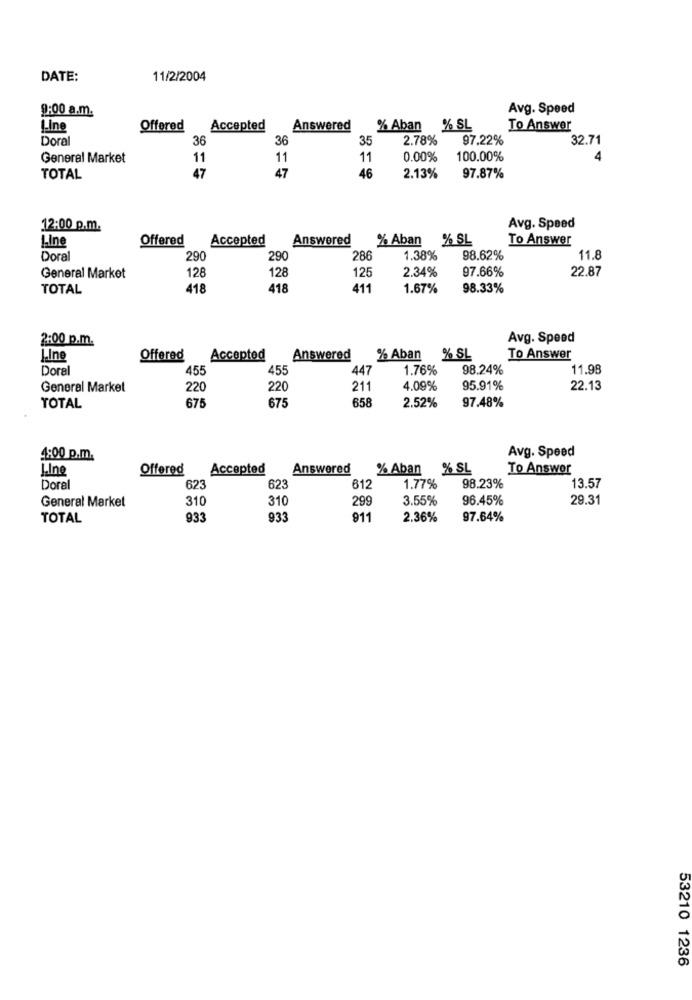
DATE:
11/2/2004
9:00 a.m.
Avg. Speed
Line
Offered
Accepted
Answered
% Aban
% SL
To Answer
Dora
36
36
35
2.78%
97.22%
32.71
General Market
11
11
11
0.00%
100.00%
TOTAL
47
47
46
2.13%
97.87%
12:00 p.m.
Avg. Speed
Line
Offered
Accepted
Answered
% Aban
% SL
To Answer
Doral
290
290
286
1.38%
98.62%
11.8
128
128
125
2.34%
97.66%
22.87
General Market
TOTAL
418
418
411
1.67%
98.33%
2:00 p.m.
Avg. Speed
J.Ino
Offered
Accepted
Answered
% Aban
% SL
To Answer
Doral
455
455
447
1.76%
98.24%
11.98
General Market
220
220
211
4.09%
95.91%
22.13
675
675
658
97.48%
TOTAL
2.52%
Avg. Speed
4:00 p.m.
J.Ine
Offered
Accepted
Answered
% Aban % SL
To Answer
Doral
623
623
612
1.77%
98.23%
13.57
General Market
310
310
299
3.55%
96.45%
29.31
TOTAL
933
933
911
2.36%
97.64%
53210 1236